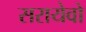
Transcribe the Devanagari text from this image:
सरायेवो